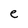
Character: e